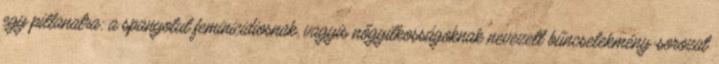
egy pillanatra: a spanyolul feminicidiosnak, vagyis nőgyilkosságoknak nevezett bűncselekmény-sorozat